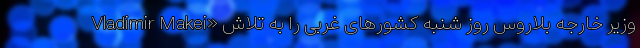
Vladimir Makei» وزیر خارجه بلاروس روز شنبه کشورهای غربی را به تلاش